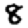
Digit: 8